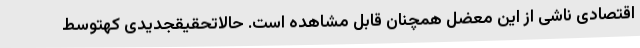
اقتصادی ناشی از این معضل همچنان قابل مشاهده است. حالاتحقیقجدیدی کهتوسط